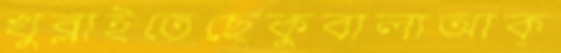
খুব্‌লাইতেছেকুবালাআক্